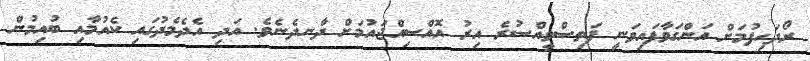
ރޯދަހިފުމަށް އަންގަވާފައިވަނީ ފަތިސްވީއްސުރެ އިރު އޮއްސިއްޖައުމަށް ދާނދެނެވެ. އަދި އެދެމެދުގައި ކެއުމާއި ބުއިމުން